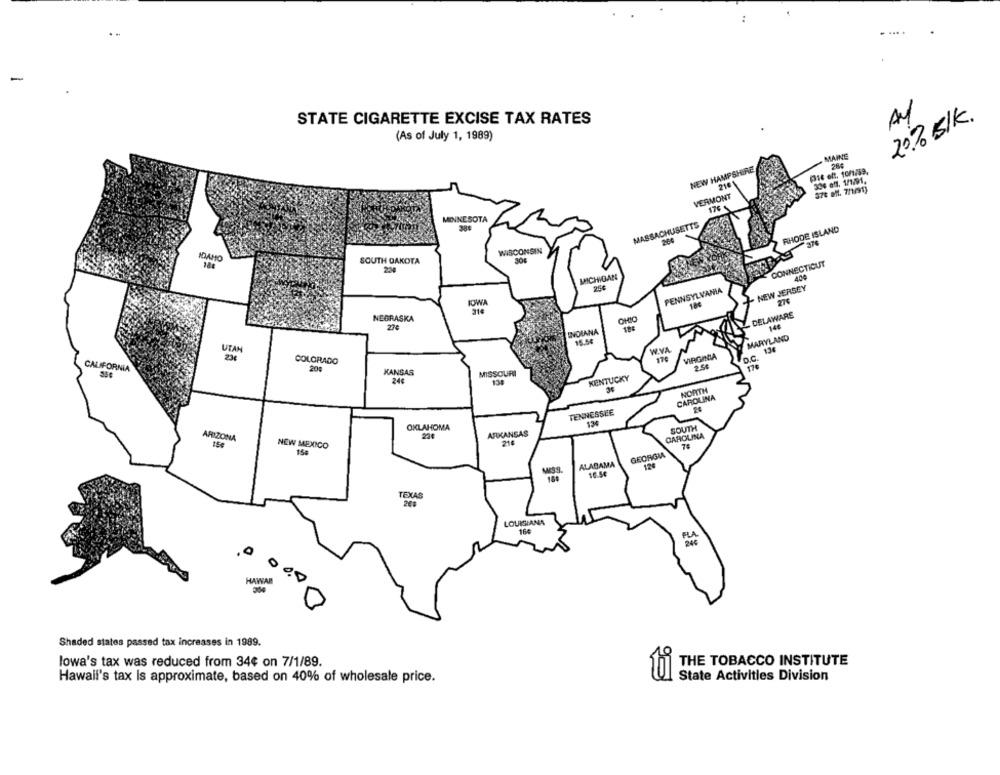
.....
AV
20% BlK.
STATE CIGARETTE EXCISE TAX RATES
(As of July 1, 1989)
MAINE
984
NEW HAMPSHIRE
30% off. 1/1/91.
2101
VERMONT
370 off. 7/1/91)
176 %
MINNESOTA
MASSACHUSETTS
389
RHODE ISLAND
264
IDAHO
WISCONSIN
SOUTH DAKOTA
304
CONNECTICUT
214
MICHIGAN
- NEW JERSEY
PENNSYLVANIA
IOWA
275
314
NEGRASKA
OHIO
DELAWARS
INDIANA
15.54
MARYLAND
UTAH
W.VA
134
234
VIRGINIA
COLORADO
17€
CALIFORNIA
204
KANSAS
MISSOURI
240
13
KENTUCKY
NORTH
CAROLINA
TENNESSEE
OKLAHOMA
134
SOUTH
ARKANSAS
CAROLINA
ARIZONA
214
NEW MEXICO
15#
GEORGI
ALABAMA
120
16.5€
TEXAS
LOUISIANA
PLA
HAWAR
304
Shaded states passed tax increases in 1989.
lowa's tax was reduced from 34¢ on 7/1/89.
THE TOBACCO INSTITUTE
Hawall's tax Is approximate, based on 40% of wholesale price.
State Activities Division